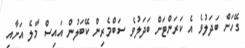
ގޭހަށް ބަދަލުވެ އެ ކަރަންޓަށް ބަދަލުވެ ސަބްމެރިން ކޭބަލުން އައިސް މާލެ އަށާއި